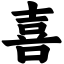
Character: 喜